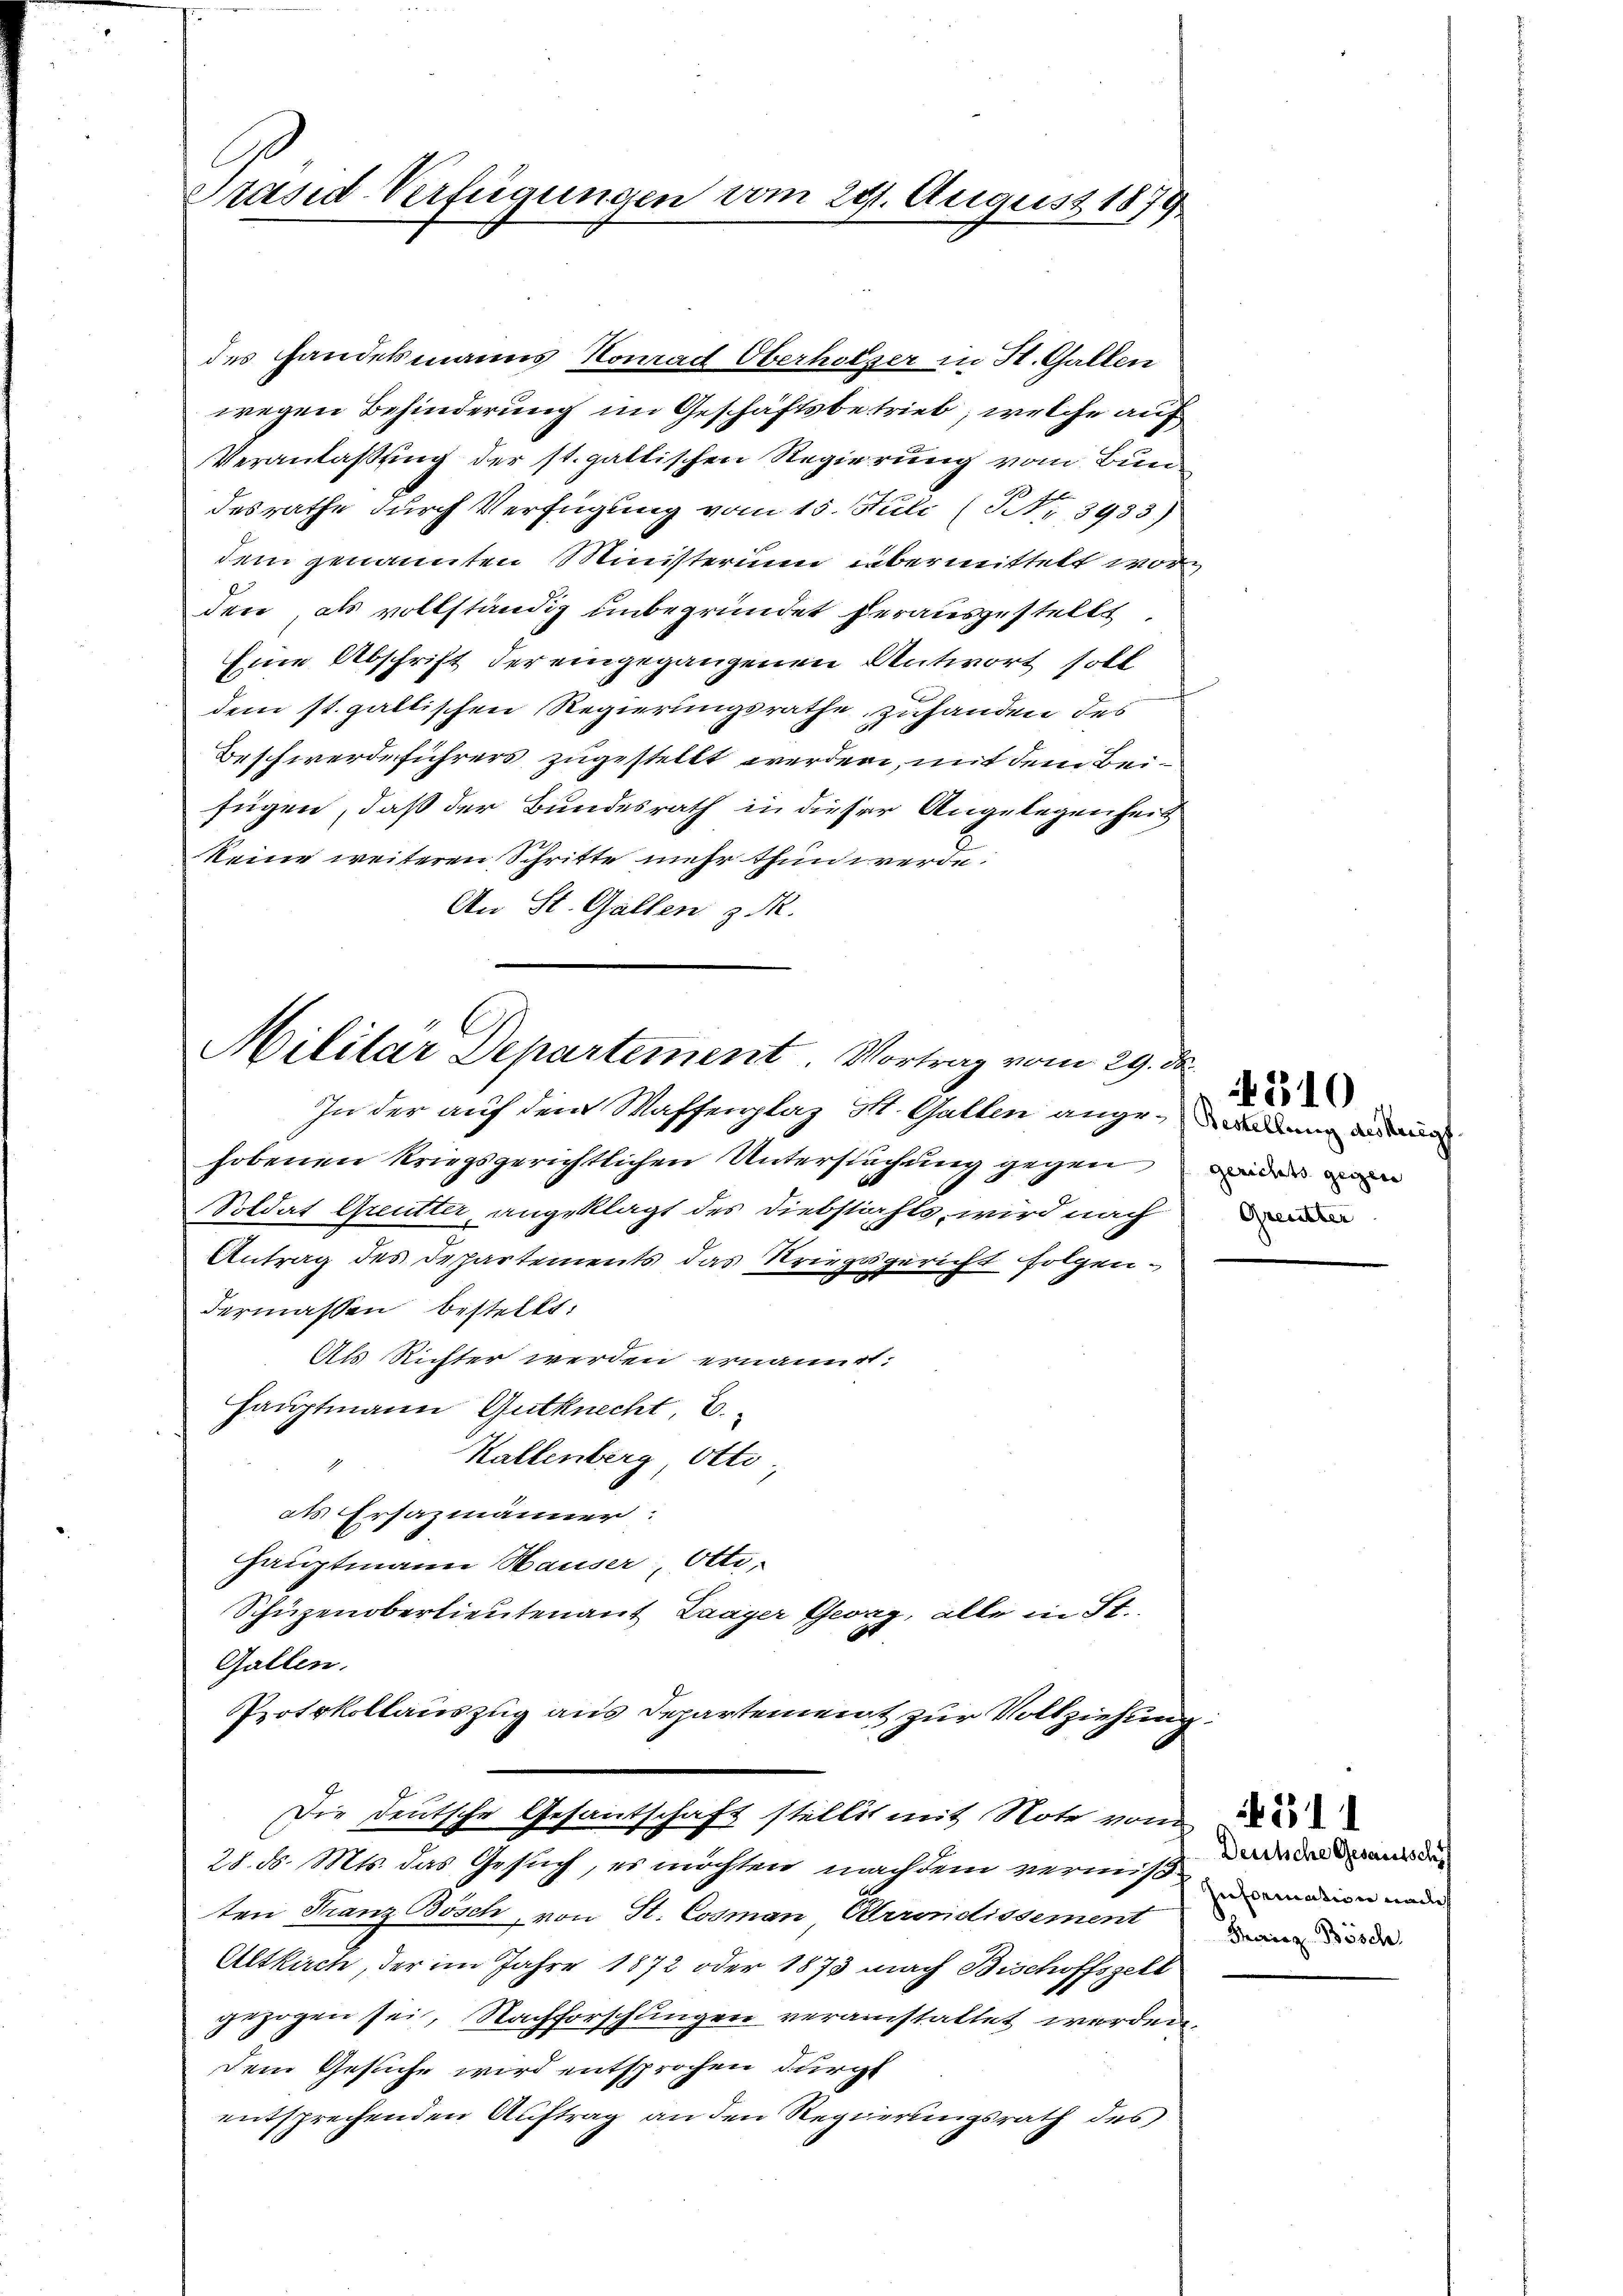
C
Präsid Verfügungen vom 281. August 1879

des Handelsmanns Komad Oberholzer in St. Gallen
wegen Behinderung im Geschäftsbetrieb, welche auf
Veranlaßung der st. gattischen Regierung vom Bundesrathe durch Verfügung vom 15. Stuli (Nr. 3933)
dem genannten Ministerium übermittelt wor
den, als vollständig unbegründet herausgestellt.
Eine Abschrift der eingegangenen Antwort soll
dem st. galtischen Regierungsrathe zuhanden des
Beschwerdeführers zugestellt werden, mit dem Beifügen, daß der Bundesrath in dieser Angelegenheit
keine weiteren Schritte mehr thun werde
An St. Gallen z. M.

Militar Departement. Vortrag vom 29. d.

In der auf dem Waffenplaz S. Gallen angehobenen kriegsgerichtlichen Untersuchung gegen der mi
Soldat Greutter, angeklagt des Diebstahls, wird nach
Antrag des Departements das Kriegsgericht folgendermassen bestellt:
Als Richter werden ernannt:
Hauptmann Gutknecht 2.
Kallenberg, Otto
als Ersazmänner:
Hauptmann Hauser, Otti¬
Schüzenoberlieutenant Laager Georg, alle in St.
Gallen.
Protokollauszug aus Departement zur Vollziehung
Die Deutsche Gesandschaft stellt mit Note von de
28. d. Mts. das Gesuch, es möchten nachdem vermis anden man
ten Franz Bösch, von St. Cosman Arrondissement
Altkirch, der im Jahre 1872 oder 1873 nach Bischoffszell
gezogen sei, Nachforschungen veranstattet werden.
dem Gesuche wird entsprochen durchl
entsprechenden Auftrag an den Regierungsrath des

310

Deutsche Gesandtsch
Franz Bösch